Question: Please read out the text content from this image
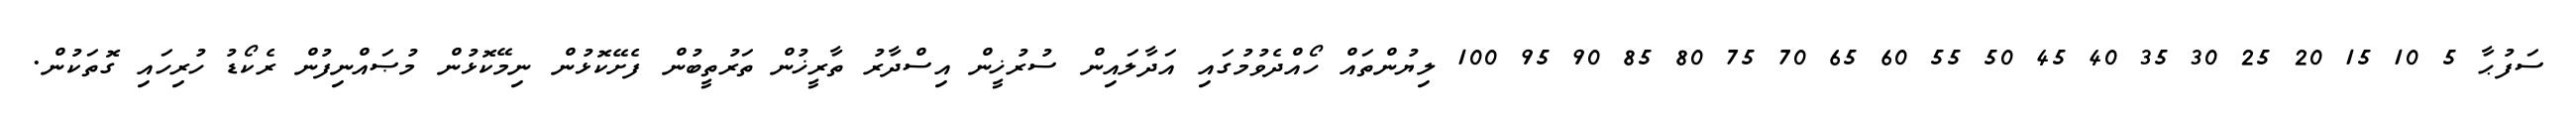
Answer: ސަފުޙާ 5 10 15 20 25 30 35 40 45 50 55 60 65 70 75 80 85 90 95 100 ލިޔުންތައް ހޯއްދެވުމުގައި އަދާލައިން ސުރުޚީން އިސްދާރު ތާރީޚުން ތަރުތީބުން ފެށޭކޮޅުން ނިމޭކޮޅުން މުޞައްނިފުން ރެކޯޑު ހުރިހައި ގޮތަކުން.